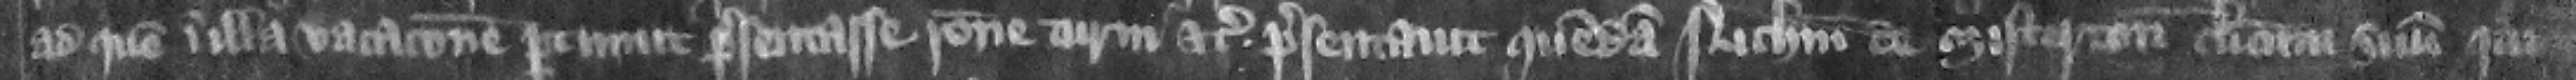
ad quem in illa vacacione pertinuit presentasse racione turni etc. presentauit quemdam Nicholaum de Misterton clericum suum qui